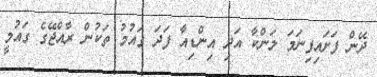
ދޭން ފަށައިފިނަމަ ލަންކާ އަދި އިންޑިއާ ފަދަ ގައުމު ތަކުން ރާއްޖޭގެ ގައުމީ